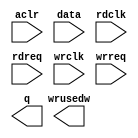
module asyn_256_139 (
	aclr,
	data,
	rdclk,
	rdreq,
	wrclk,
	wrreq,
	q,
	wrusedw);

	input	  aclr;
	input	[138:0]  data;
	input	  rdclk;
	input	  rdreq;
	input	  wrclk;
	input	  wrreq;
	output	[138:0]  q;
	output	[7:0]  wrusedw;
`ifndef ALTERA_RESERVED_QIS
// synopsys translate_off
`endif
	tri0	  aclr;
`ifndef ALTERA_RESERVED_QIS
// synopsys translate_on
`endif

endmodule